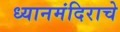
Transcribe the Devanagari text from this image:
ध्यानमंदिराचे